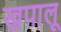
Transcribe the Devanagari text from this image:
खपालू